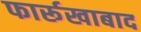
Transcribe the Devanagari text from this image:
फार्रूखाबाद